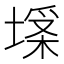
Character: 𡏪